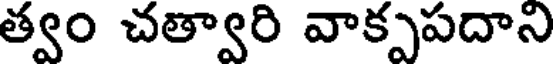
త్వం చత్వారి వాక్పపదాని